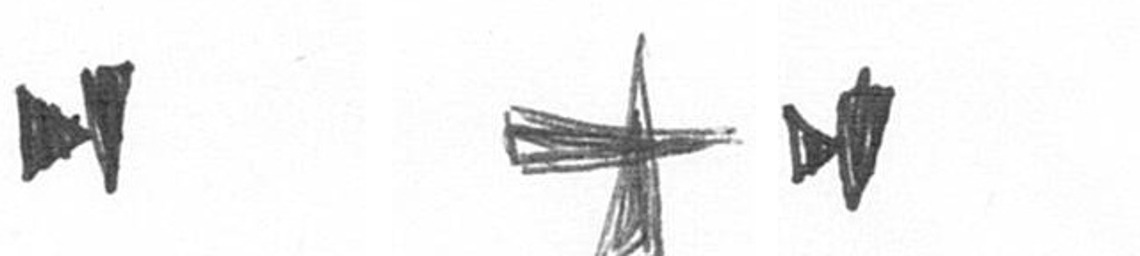
M G M